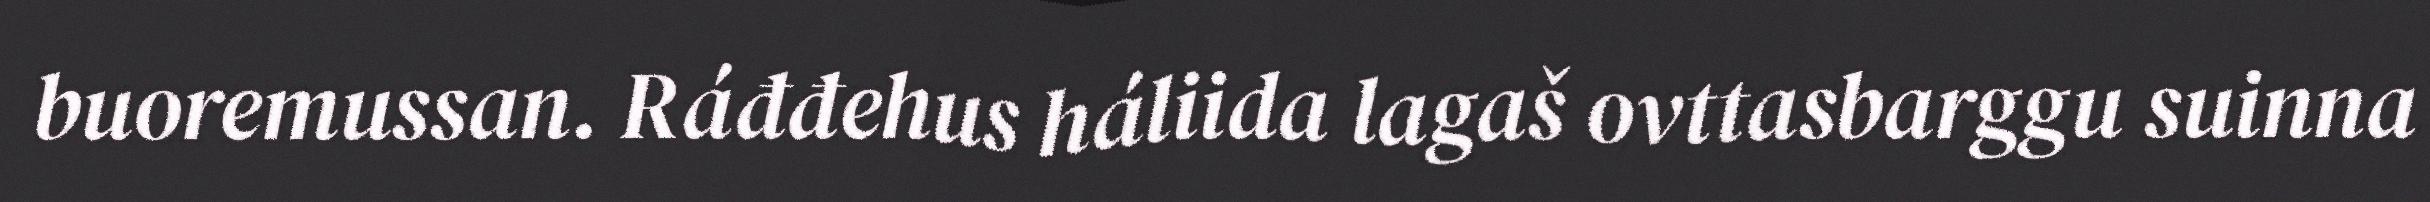
buoremussan. Ráđđehus háliida lagaš ovttasbarggu suinna